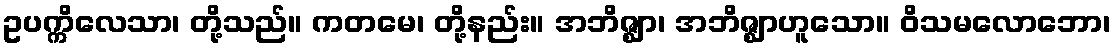
ဥပက္ကိလေသာ၊ တို့သည်။ ကတမေ၊ တို့နည်း။ အဘိဇ္ဈာ၊ အဘိဇ္ဈာဟူသော။ ဝိသမလောဘော၊